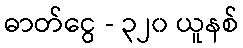
ဓာတ်ငွေ - ၃၂၀ ယူနစ်